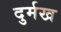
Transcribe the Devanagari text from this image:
दुर्मख